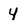
Character: 4